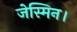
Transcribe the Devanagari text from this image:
जेस्मिन।